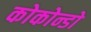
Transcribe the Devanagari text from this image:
कोकोन्डो